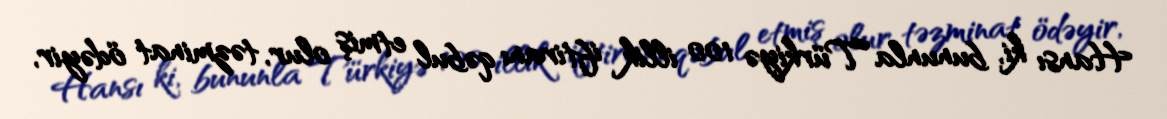
Hansı ki, bununla Türkiyə 100 illik iftiranı qəbul etmiş olur, təzminat ödəyir,